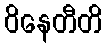
ဝိနေတီတိ